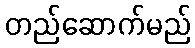
တည်ဆောက်မည်